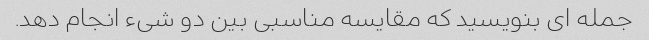
جمله ای بنویسید که مقایسه مناسبی بین دو شیء انجام دهد.